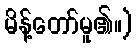
မိန့်တော်မူ၏။)